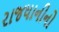
રાજધાનીનો